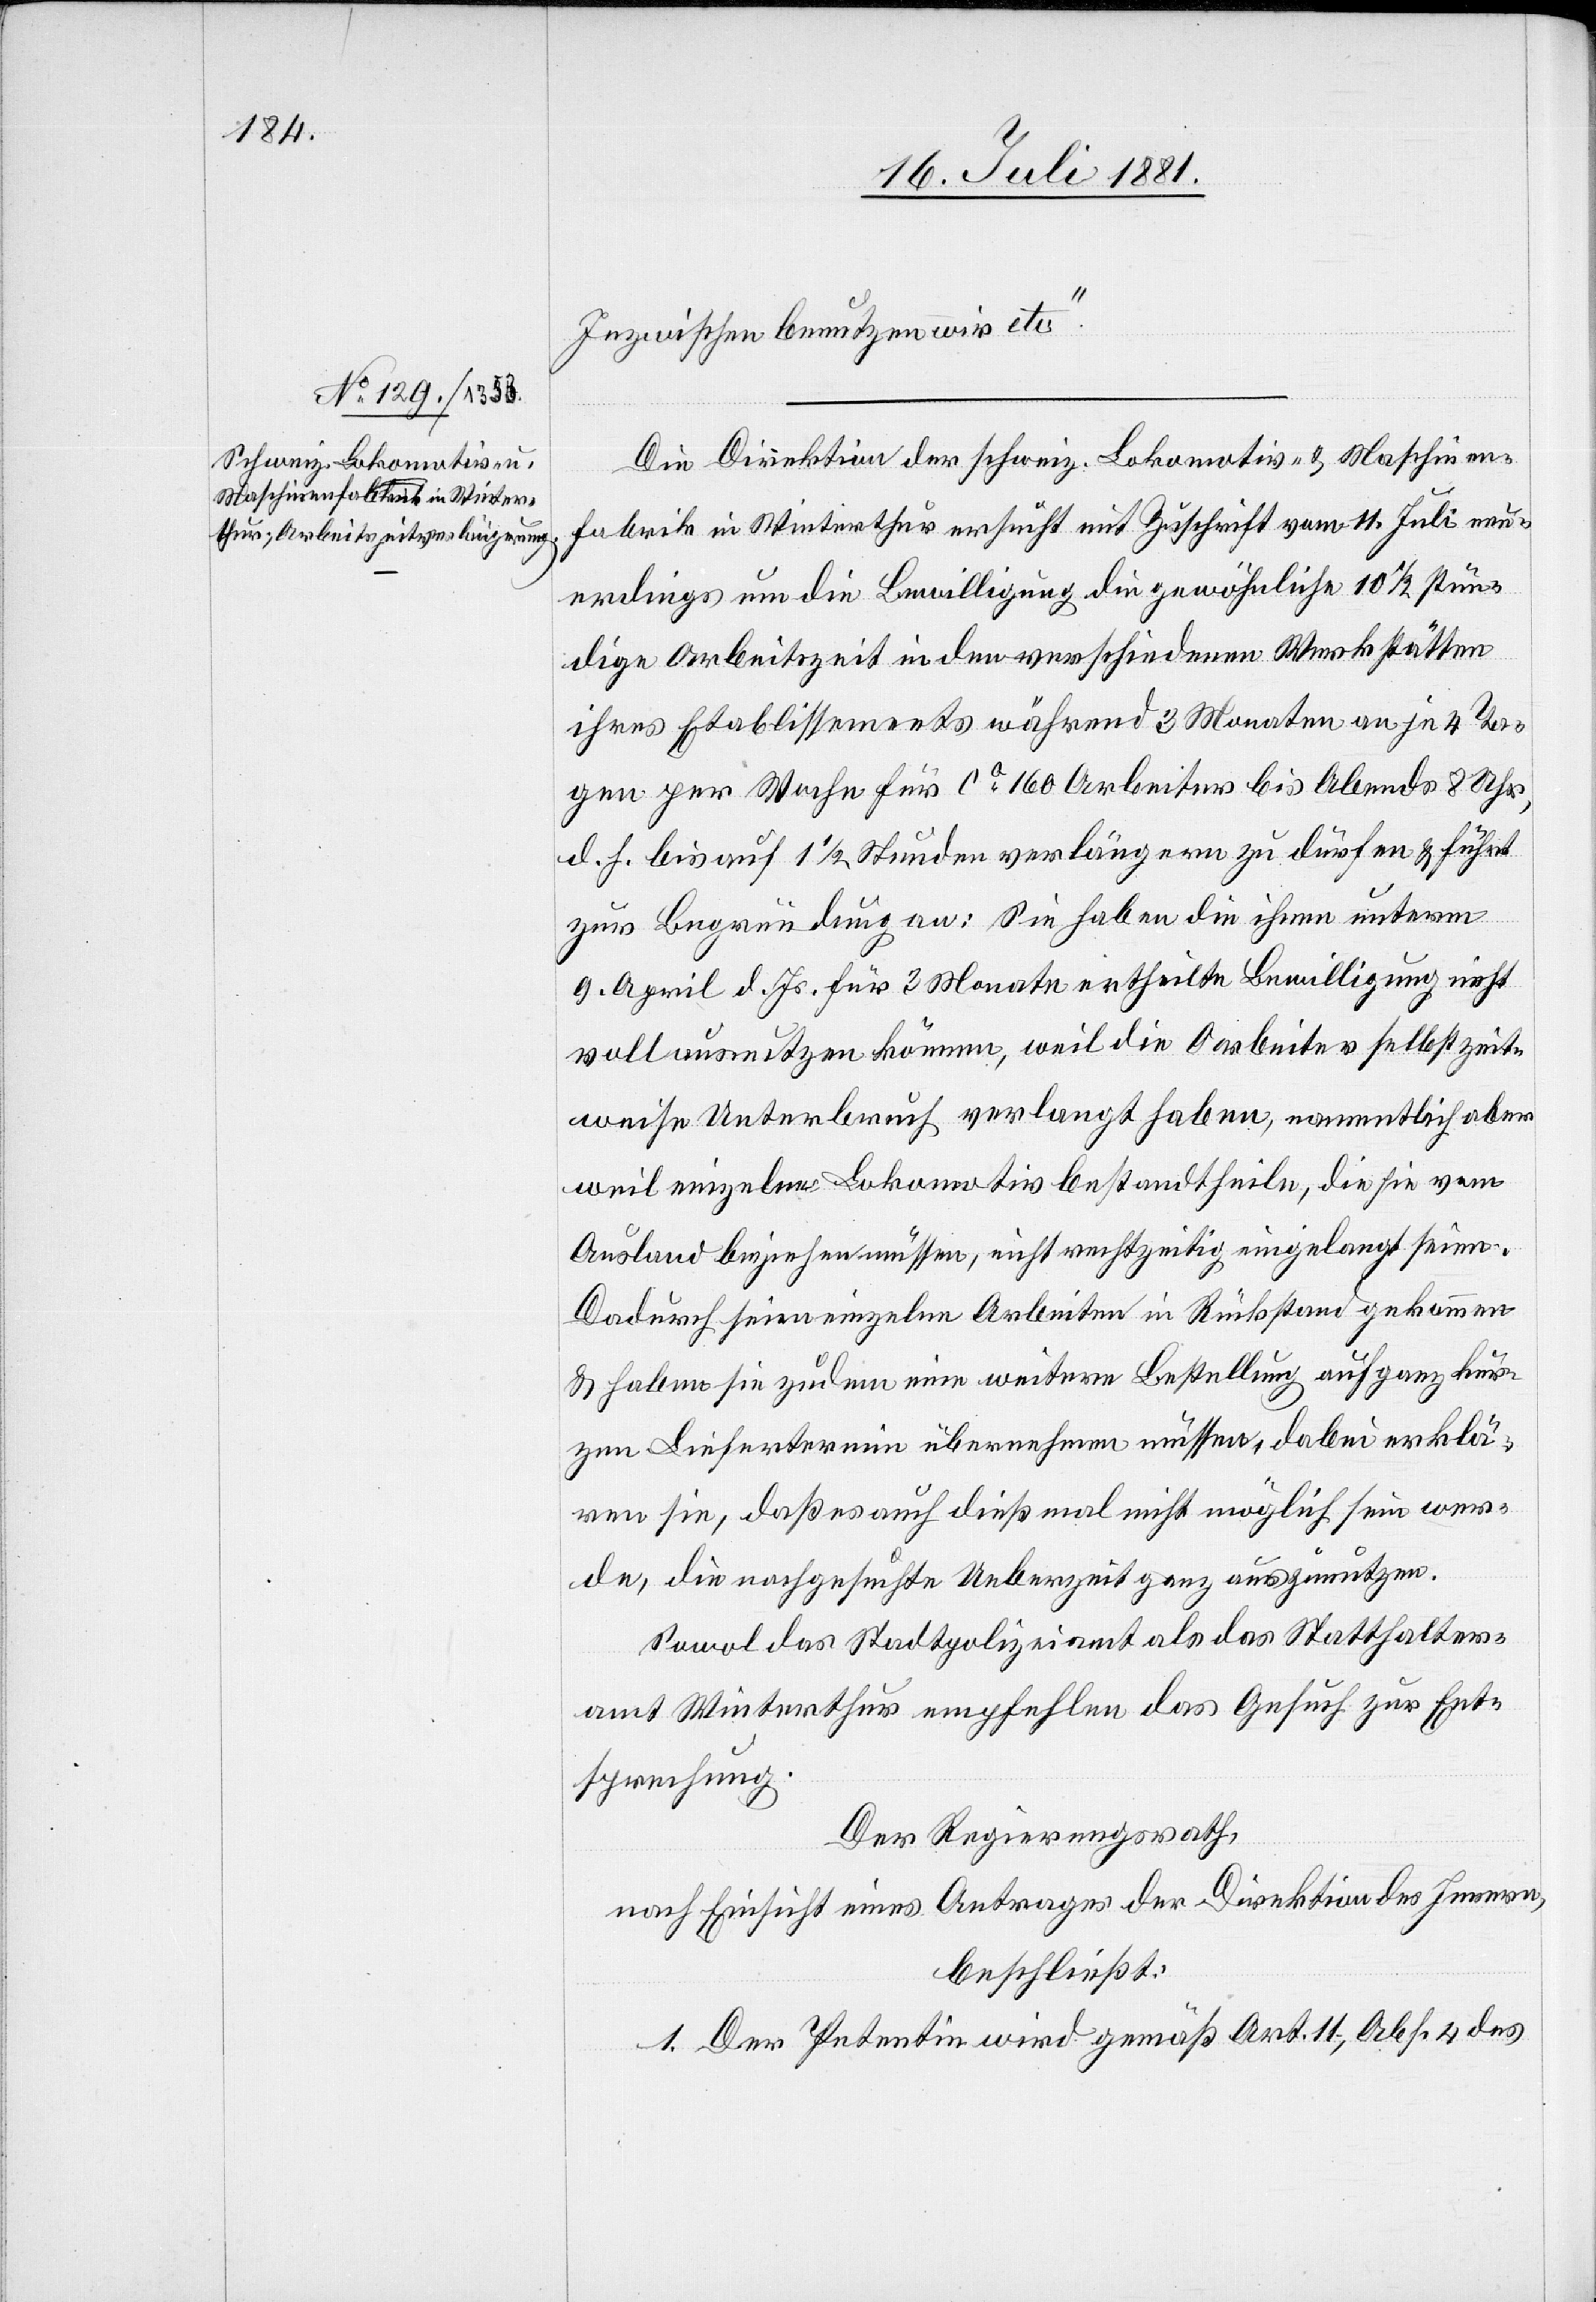
19. Juli 1881.]
Inzwischen benutzen wir etc.“
Die Direktion der schweiz. Lokomotiv- & Maschinen¬
fabrik in Winterthur ersucht mit Zuschrift vom 11. Juli neu¬
erdings um die Bewilligung die gewöhnliche 10 1/2 Stun¬
den Arbeitszeit in den verschiedenen Werkstätten
ihres Etablissements während 3 Monaten an je 4 Ta¬
gen per Woche für ca 160 Arbeiter bis Abends 8 Uhr,
d. h bis auf 1 1/2 Stunden verlängern zu dürfen & führt
zur Begründung an: Sie haben die ihnen unterm
9. April d. Js. für 3 Monate ertheilte Bewilligung nicht
vollständig nutzen können, weil die Arbeiter selbst zeit¬
weise Unterbruch verlangt haben, namentlich aber
weil einzelne Lokomotivbestandtheile, die sie vom
Ausland beziehen müssen, nicht rechtzeitig eingelangt seien.
Dadurch seien einzelne Arbeiter in Rückstand gekommen
& haben sie zudem eine weitere Bestellung auf ganz kur¬
zen Liefertermin übernehmen müssen, dabei erklä¬
ren sie, daß es auch dieß mal nicht möglich sein wer¬
de, die nachgesuchte Ueberzeit ganz auszunutzen.
Sowol das Stadtpolizeiamt als das Statthalter¬
amt Winterthur empfehlen das Gesuch zur Ent¬
sprechung.
Der Regierungsrath,
nach Einsicht eines Antrages der Direktion des Innern,
beschließt:
1. Der Petentin wird gemäß Art. 11, Abs. 4 des